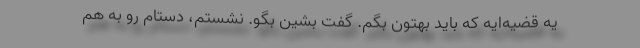
یه قضیه‌ایه که باید بهتون بگم. گفت بشین بگو. نشستم، دستام رو به هم